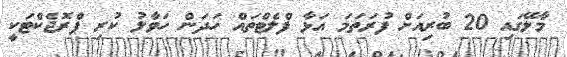
މާލޭގައި 20 ބުރިއަށް ފުރަތަމަ އަޅާ ފްލެޓްތައް ހަދަން ހަވާލު ކުރި ޕްރޮޖެކްޓަކީ